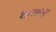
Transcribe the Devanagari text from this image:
शास्त्रोमें